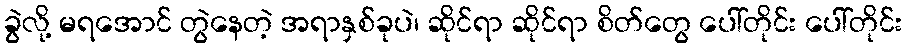
ခွဲလို့ မရအောင် တွဲနေတဲ့ အရာနှစ်ခုပဲ၊ ဆိုင်ရာ ဆိုင်ရာ စိတ်တွေ ပေါ်တိုင်း ပေါ်တိုင်း